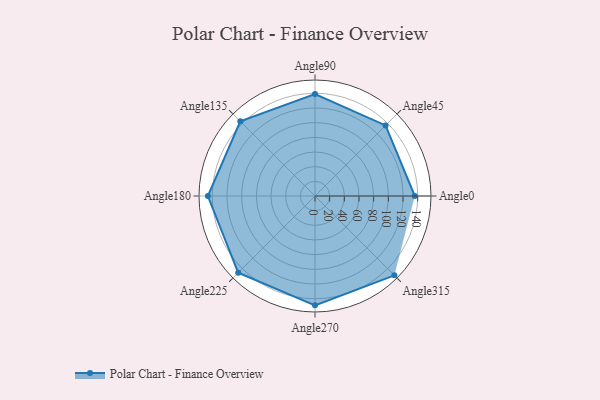
{"axis": {"x": "Angle", "y": "Radius"}, "legend": [""], "data": [{"x": "Angle0", "y": 136.0, "type": ""}, {"x": "Angle45", "y": 136.0, "type": ""}, {"x": "Angle90", "y": 139.0, "type": ""}, {"x": "Angle135", "y": 144.0, "type": ""}, {"x": "Angle180", "y": 146.0, "type": ""}, {"x": "Angle225", "y": 148.0, "type": ""}, {"x": "Angle270", "y": 149.0, "type": ""}, {"x": "Angle315", "y": 153.0, "type": ""}]}